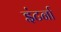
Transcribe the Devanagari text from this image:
इंटर्ना